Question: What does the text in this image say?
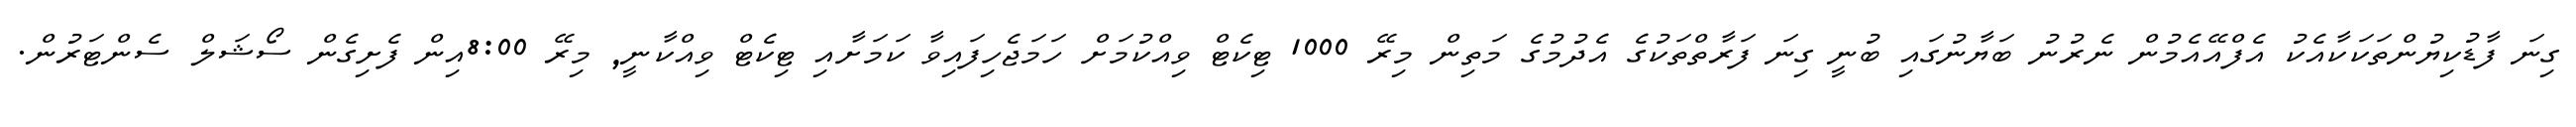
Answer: ގިނަ ފާޑުކިޔުންތަކަކާއެކު އެފްއޭއެމުން ނެރުނު ބަޔާނުގައި ބުނީ ގިނަ ފަރާތްތަކުގެ އެދުމުގެ މަތިން މިރޭ 1000 ޓިކެޓް ވިއްކުމަށް ހަމަޖެހިފައިވާ ކަމަށާއި ޓިކެޓް ވިއްކާނީ, މިރޭ 8:00އިން ފެށިގެން ސޯޝަލް ސެންޓަރުން.